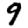
Digit: 9